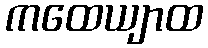
ကထေယျာထ